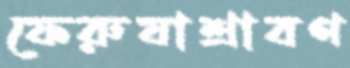
ফেরুষাশ্রাবণ